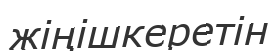
жіңішкеретін